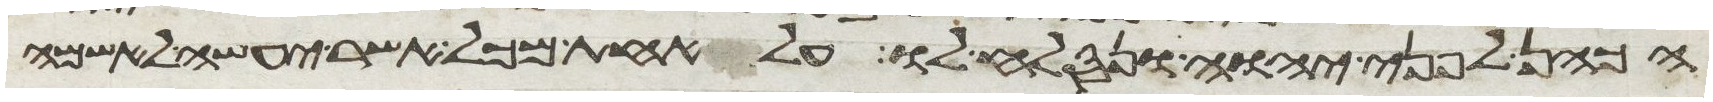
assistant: הכהן לפני יהוה ונסלח לו על אחת מכל אשר יעשה לאשמה